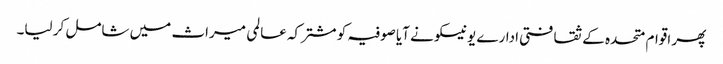
پھر اقوام متحدہ کے ثقافتی ادارے یونیسکو نے آیا صوفیہ کو مشترکہ عالمی میراث میں شامل کر لیا۔